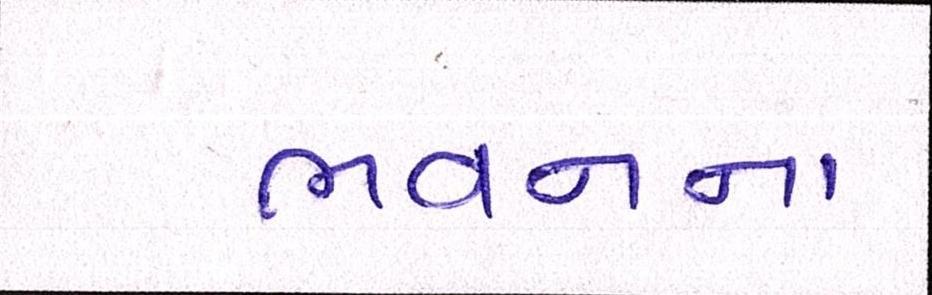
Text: ભવનના